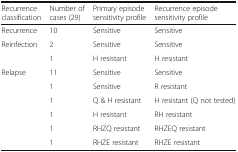
| Recurrence classification | Number of cases (29) | Primary episode sensitivity profile | Recurrence episode sensitivity profile |
 | --- | --- | --- | --- |
 | Recurrence | 10 | Sensitive | Sensitive |
 | <ROWSPAN=2> Reinfection | 2 | Sensitive | Sensitive |
 | 1 | H resistant | H resistant |
 | <ROWSPAN=6> Relapse | 11 | Sensitive | Sensitive |
 | 1 | Sensitive | R resistant |
 | 1 | Q & H resistant | H resistant (Q not tested) |
 | 1 | H resistant | RH resistant |
 | 1 | RHZQ resistant | RHZEQ resistant |
 | 1 | RHZE resistant | RHZE resistant |